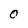
Character: 0